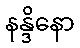
နန္ဒိနော